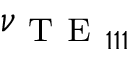
\nu _ { \mathrm { ~ T ~ E ~ } _ { 1 1 1 } }